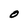
Character: O